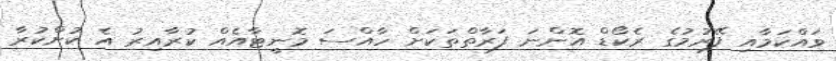
ވައްކަމާއި ފޭރުމުގެ ރެކޯޑް އޮންނަ ފަރާތްތަކަށް ހާއްސަ މޮނީޓާއެއް ކުރާއިރު އެ ކުށްކުރާ